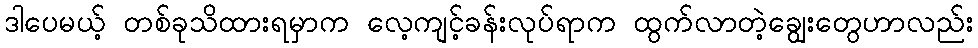
ဒါပေမယ့် တစ်ခုသိထားရမှာက လေ့ကျင့်ခန်းလုပ်ရာက ထွက်လာတဲ့ချွေးတွေဟာလည်း